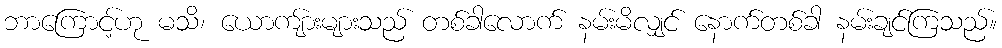
ဘာကြောင့်ဟု မသိ၊ ယောကျ်ားများသည် တစ်ခါလောက် နမ်းမိလျှင် နောက်တစ်ခါ နမ်းချင်ကြသည်။